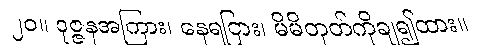
၂၀။ ဒုဇ္ဇနအကြား၊ နေရငြား၊ မိမိတုတ်ကိုချ၍ထား။